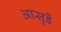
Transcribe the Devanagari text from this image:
आसुर्डे